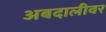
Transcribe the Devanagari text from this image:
अबदालीवर